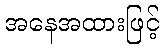
အနေအထားဖြင့်